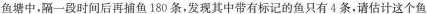
鱼塘中，隔一段时间后再捕鱼180条，发现其中带有标记的鱼只有4条，请估计这个鱼